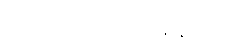
ဟယ်လို၊ အိတ်စ်ချိန်းလား။